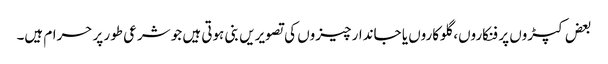
بعض کپڑوں پر فنکاروں، گلوکاروں یا جاندار چیزوں کی تصویریں بنی ہوتی ہیں جو شرعی طور پر حرام ہیں۔